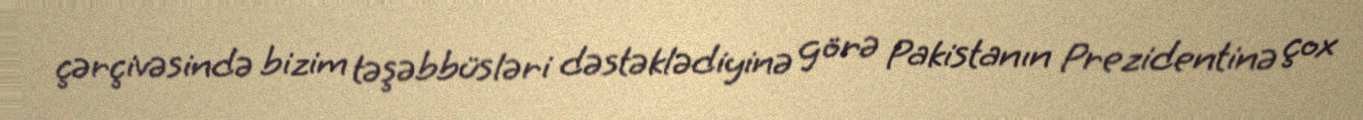
çərçivəsində bizim təşəbbüsləri dəstəklədiyinə görə Pakistanın Prezidentinə çox